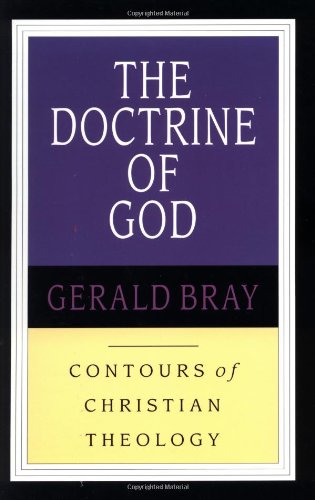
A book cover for The Doctrine of God (Contours of Christian Theology); Gerald L. Bray; Christian Books & Bibles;